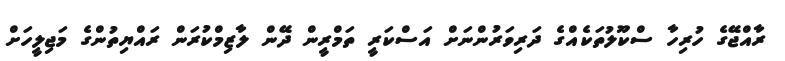
ރާއްޖޭގެ ހުރިހާ ސްކޫލުތަކެއްގެ ދަރިވަރުންނަށް އަސްކަރީ ތަމްރީން ދޭން ލާޒިމްކުރަން ރައްޔިތުންގެ މަޖިލީހަށް